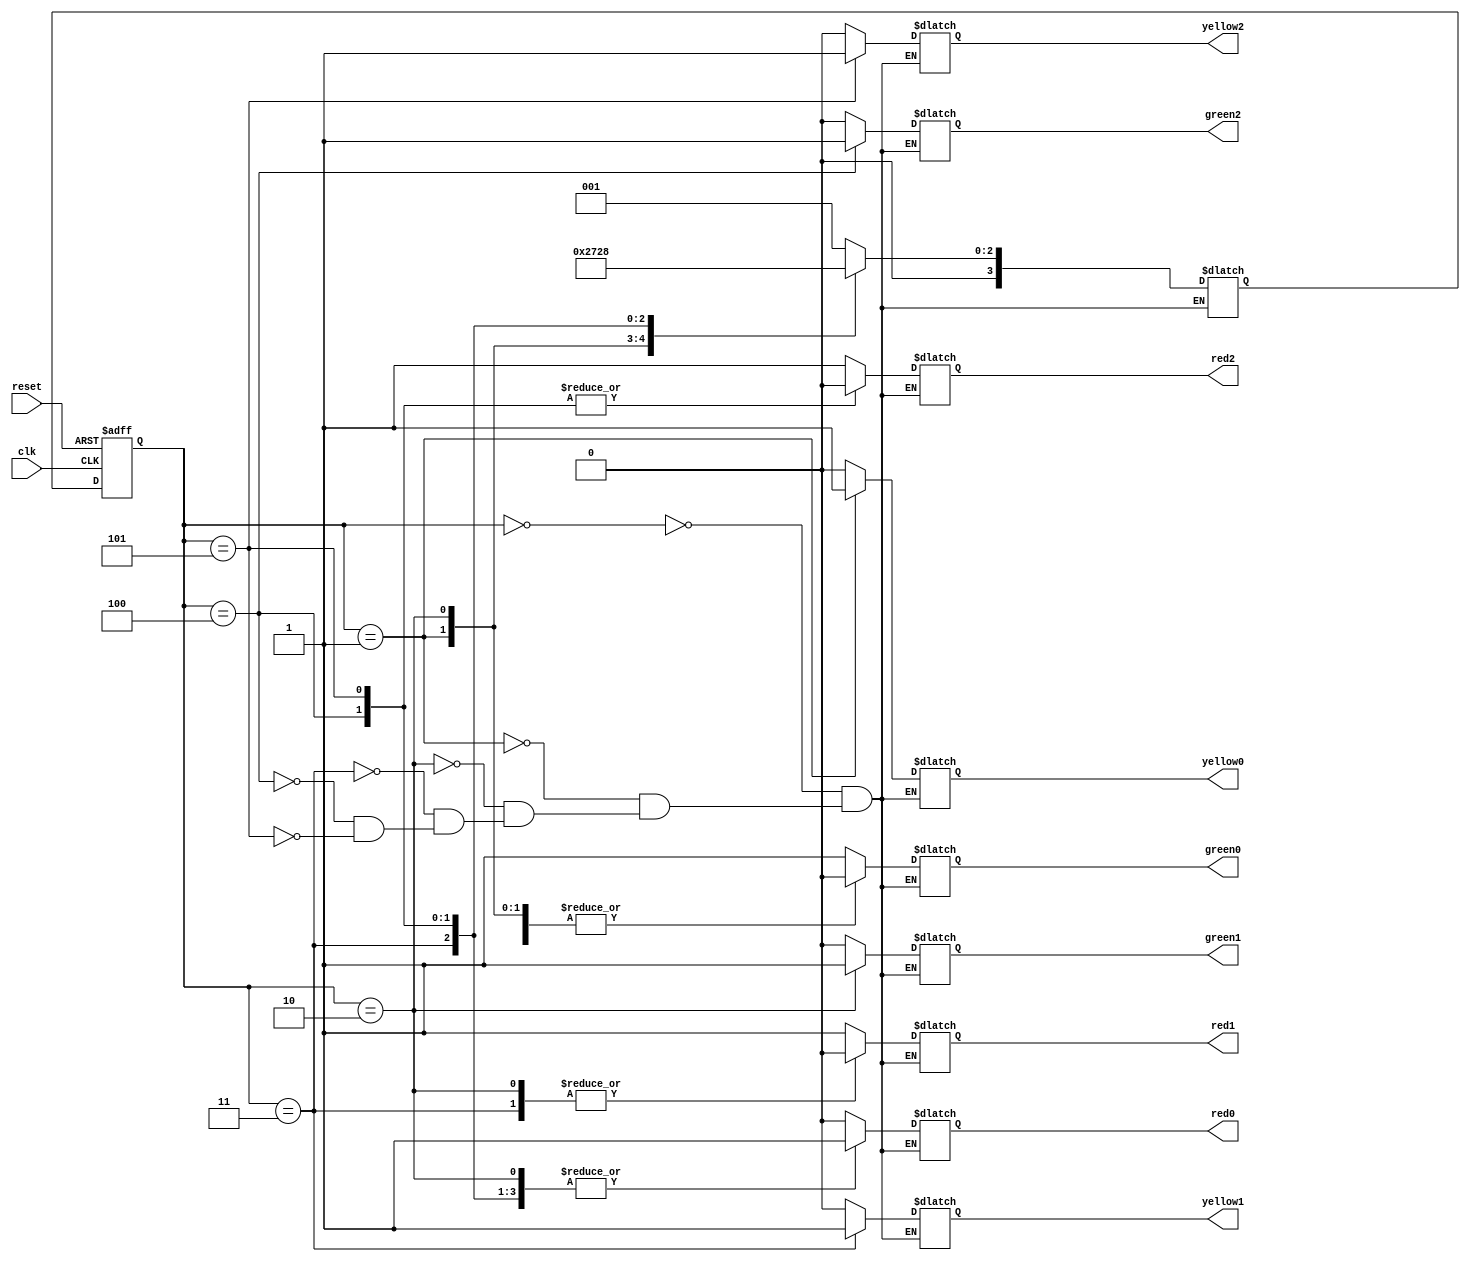
`timescale 1ns / 1ps
//////////////////////////////////////////////////////////////////////////////////
// Company: 
// Engineer: 
// 
// Design Name: 
// Module Name:    traffic_light_control 
// Project Name: 
// Target Devices: 
// Tool versions: 
// Description: 
//
// Dependencies: 
//
// Revision: 
// Revision 0.01 - File Created
// Additional Comments: 
//
//////////////////////////////////////////////////////////////////////////////////
module traffic_light_control(red0 , yellow0, green0, clk, reset, red1 , yellow1, green1, red2 , yellow2, green2);

input clk; 
input reset ;
output reg red0 ;
output reg red1 ;
output reg red2 ;
output reg yellow0 ;
output reg yellow1 ;
output reg yellow2 ;
output reg green0 ;
output reg green1 ;
output reg green2 ;


reg [3:0] current_state ;
reg [3:0] next_state ;


always@(posedge clk or posedge reset)
begin
	if(reset == 1'b1)
	begin
		current_state <= 3'b000 ;
	end
	else
	begin
		current_state <= next_state ;
	end
end


always@(current_state)
begin

	case(current_state)
	
	3'b000:begin     	// This is the case of turning the first path green light ON ..
			#10;
			next_state <= 3'b001 ;
			end
	
	3'b001:begin      // This is case of turning the first path yellow light ON ...
			#4 ;
			next_state <= 3'b010 ;
			end
	
	3'b010:begin                          // This is the case of turning the second path green light ON ..
			#10 ;
			next_state <= 3'b011 ;
			end
	
	3'b011:begin
			#4 ;
			next_state <= 3'b100 ;
			end

	3'b100:begin
			#10 ;
			next_state <= 3'b101 ;
			end

	3'b101:begin                      // This is the case of turning on the yellow light of second path and then again instructing it back to follow the same procedure of turning on the green light on first path again..
			#4 ;
			next_state <= 3'b000 ;
			end

	endcase

end



always @(current_state)
begin

	case(current_state)
	
	3'b000:begin
			
			red0  = 1'b0;
			red1 = 1'b1 ; 
			red2 = 1'b1 ;
			yellow0 = 1'b0 ;
			yellow1 = 1'b0 ;
			yellow2 = 1'b0 ;
			green0 = 1'b1 ;     // The green light will be on of first path .. and for rest two paths the red lights are ON ..
			green1 = 1'b0 ;
			green2 = 1'b0 ;

			end
	
	3'b001:begin
			
			red0  = 1'b0;
			red1 = 1'b1 ; 
			red2 = 1'b1 ;
			yellow0 = 1'b1 ;  // The yellow light of the first path is on and rest of two paths the red light is ON... 
			yellow1 = 1'b0 ;
			yellow2 = 1'b0 ;
			green0 = 1'b0 ;
			green1 = 1'b0 ;
			green2 = 1'b0 ;

			end
		

	3'b010:begin
			
			red0  = 1'b1;
			red1 = 1'b0 ; 
			red2 = 1'b1 ;
			yellow0 = 1'b0 ;
			yellow1 = 1'b0 ;
			yellow2 = 1'b0 ;
			green0 = 1'b0 ;
			green1 = 1'b1 ;   // the green light of second path is ON and for rest of the two paths the red light will be ON..
 			green2 = 1'b0 ;

			end
	
	3'b011:begin
			
			red0  = 1'b1;
			red1 = 1'b0 ; 
			red2 = 1'b1 ;
			yellow0 = 1'b0 ;
			yellow1 = 1'b1 ;   // the yellow light of second path is ON and other two paths red light is ON...
			yellow2 = 1'b0 ;
			green0 = 1'b0 ;
			green1 = 1'b0 ;
			green2 = 1'b0 ;

			end
	
	
	
	3'b100:begin
			
			red0  = 1'b1;
			red1 = 1'b1 ; 
			red2 = 1'b0 ;
			yellow0 = 1'b0 ;
			yellow1 = 1'b0 ;
			yellow2 = 1'b0 ;
			green0 = 1'b0 ;
			green1 = 1'b0 ;
			green2 = 1'b1 ;

			end
	
	
	

	3'b101:begin
			
			red0  = 1'b1;
			red1 = 1'b1 ; 
			red2 = 1'b0 ;
			yellow0 = 1'b0 ;
			yellow1 = 1'b0 ;
			yellow2 = 1'b1 ;
			green0 = 1'b0 ;
			green1 = 1'b0 ;
			green2 = 1'b0 ;

			end
	
	endcase

end


















 






endmodule